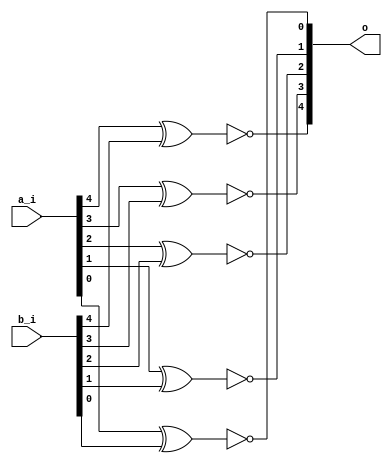
// This program was cloned from: https://github.com/NYU-MLDA/OpenABC
// License: BSD 3-Clause "New" or "Revised" License

module bsg_xnor_width_p5_harden_p1
(
  a_i,
  b_i,
  o
);

  input [4:0] a_i;
  input [4:0] b_i;
  output [4:0] o;
  wire [4:0] o;
  wire N0,N1,N2,N3,N4;
  assign o[4] = ~N0;
  assign N0 = a_i[4] ^ b_i[4];
  assign o[3] = ~N1;
  assign N1 = a_i[3] ^ b_i[3];
  assign o[2] = ~N2;
  assign N2 = a_i[2] ^ b_i[2];
  assign o[1] = ~N3;
  assign N3 = a_i[1] ^ b_i[1];
  assign o[0] = ~N4;
  assign N4 = a_i[0] ^ b_i[0];

endmodule